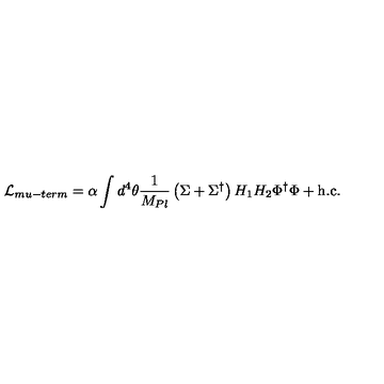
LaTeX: { \cal L } _ { m u - t e r m } = \alpha \int d ^ { 4 } \theta { \frac { 1 } { M _ { P l } } } \left( \Sigma + \Sigma ^ { \dagger } \right) H _ { 1 } H _ { 2 } \Phi ^ { \dagger } \Phi + \mathrm { h . c . }